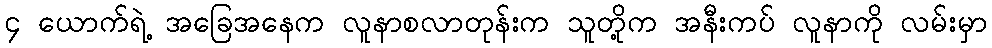
၄ ယောက်ရဲ့ အခြေအနေက လူနာစလာတုန်းက သူတို့က အနီးကပ် လူနာကို လမ်းမှာ